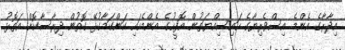
އިދާރާގެ އެންމެ އިސްވެރިޔާގެ ހައިސިއްޔަތުން އޮފީހުގެ އެންމެހައި ކަންކަމާގުޅޭ ގޮތުން ދިރާސާކޮށް އަތޮޅު